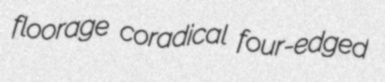
floorage coradical four-edged